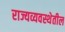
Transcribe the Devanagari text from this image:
राज्यव्यवस्थेतील